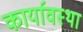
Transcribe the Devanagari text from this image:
कार्यावस्था